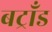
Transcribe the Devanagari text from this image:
बट्राँड